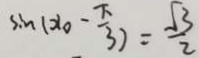
\sin ( x _ { 0 } - \frac { \pi } { 3 } ) = \frac { \sqrt { 3 } } { 2 }